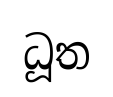
ධූත